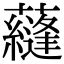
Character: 蘕